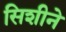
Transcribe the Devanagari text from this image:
सिशीने